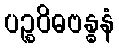
ပဉ္စဝိဓဗန္ဓနံ